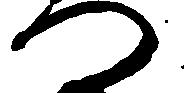
へ